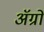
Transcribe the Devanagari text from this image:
अॅग्रो